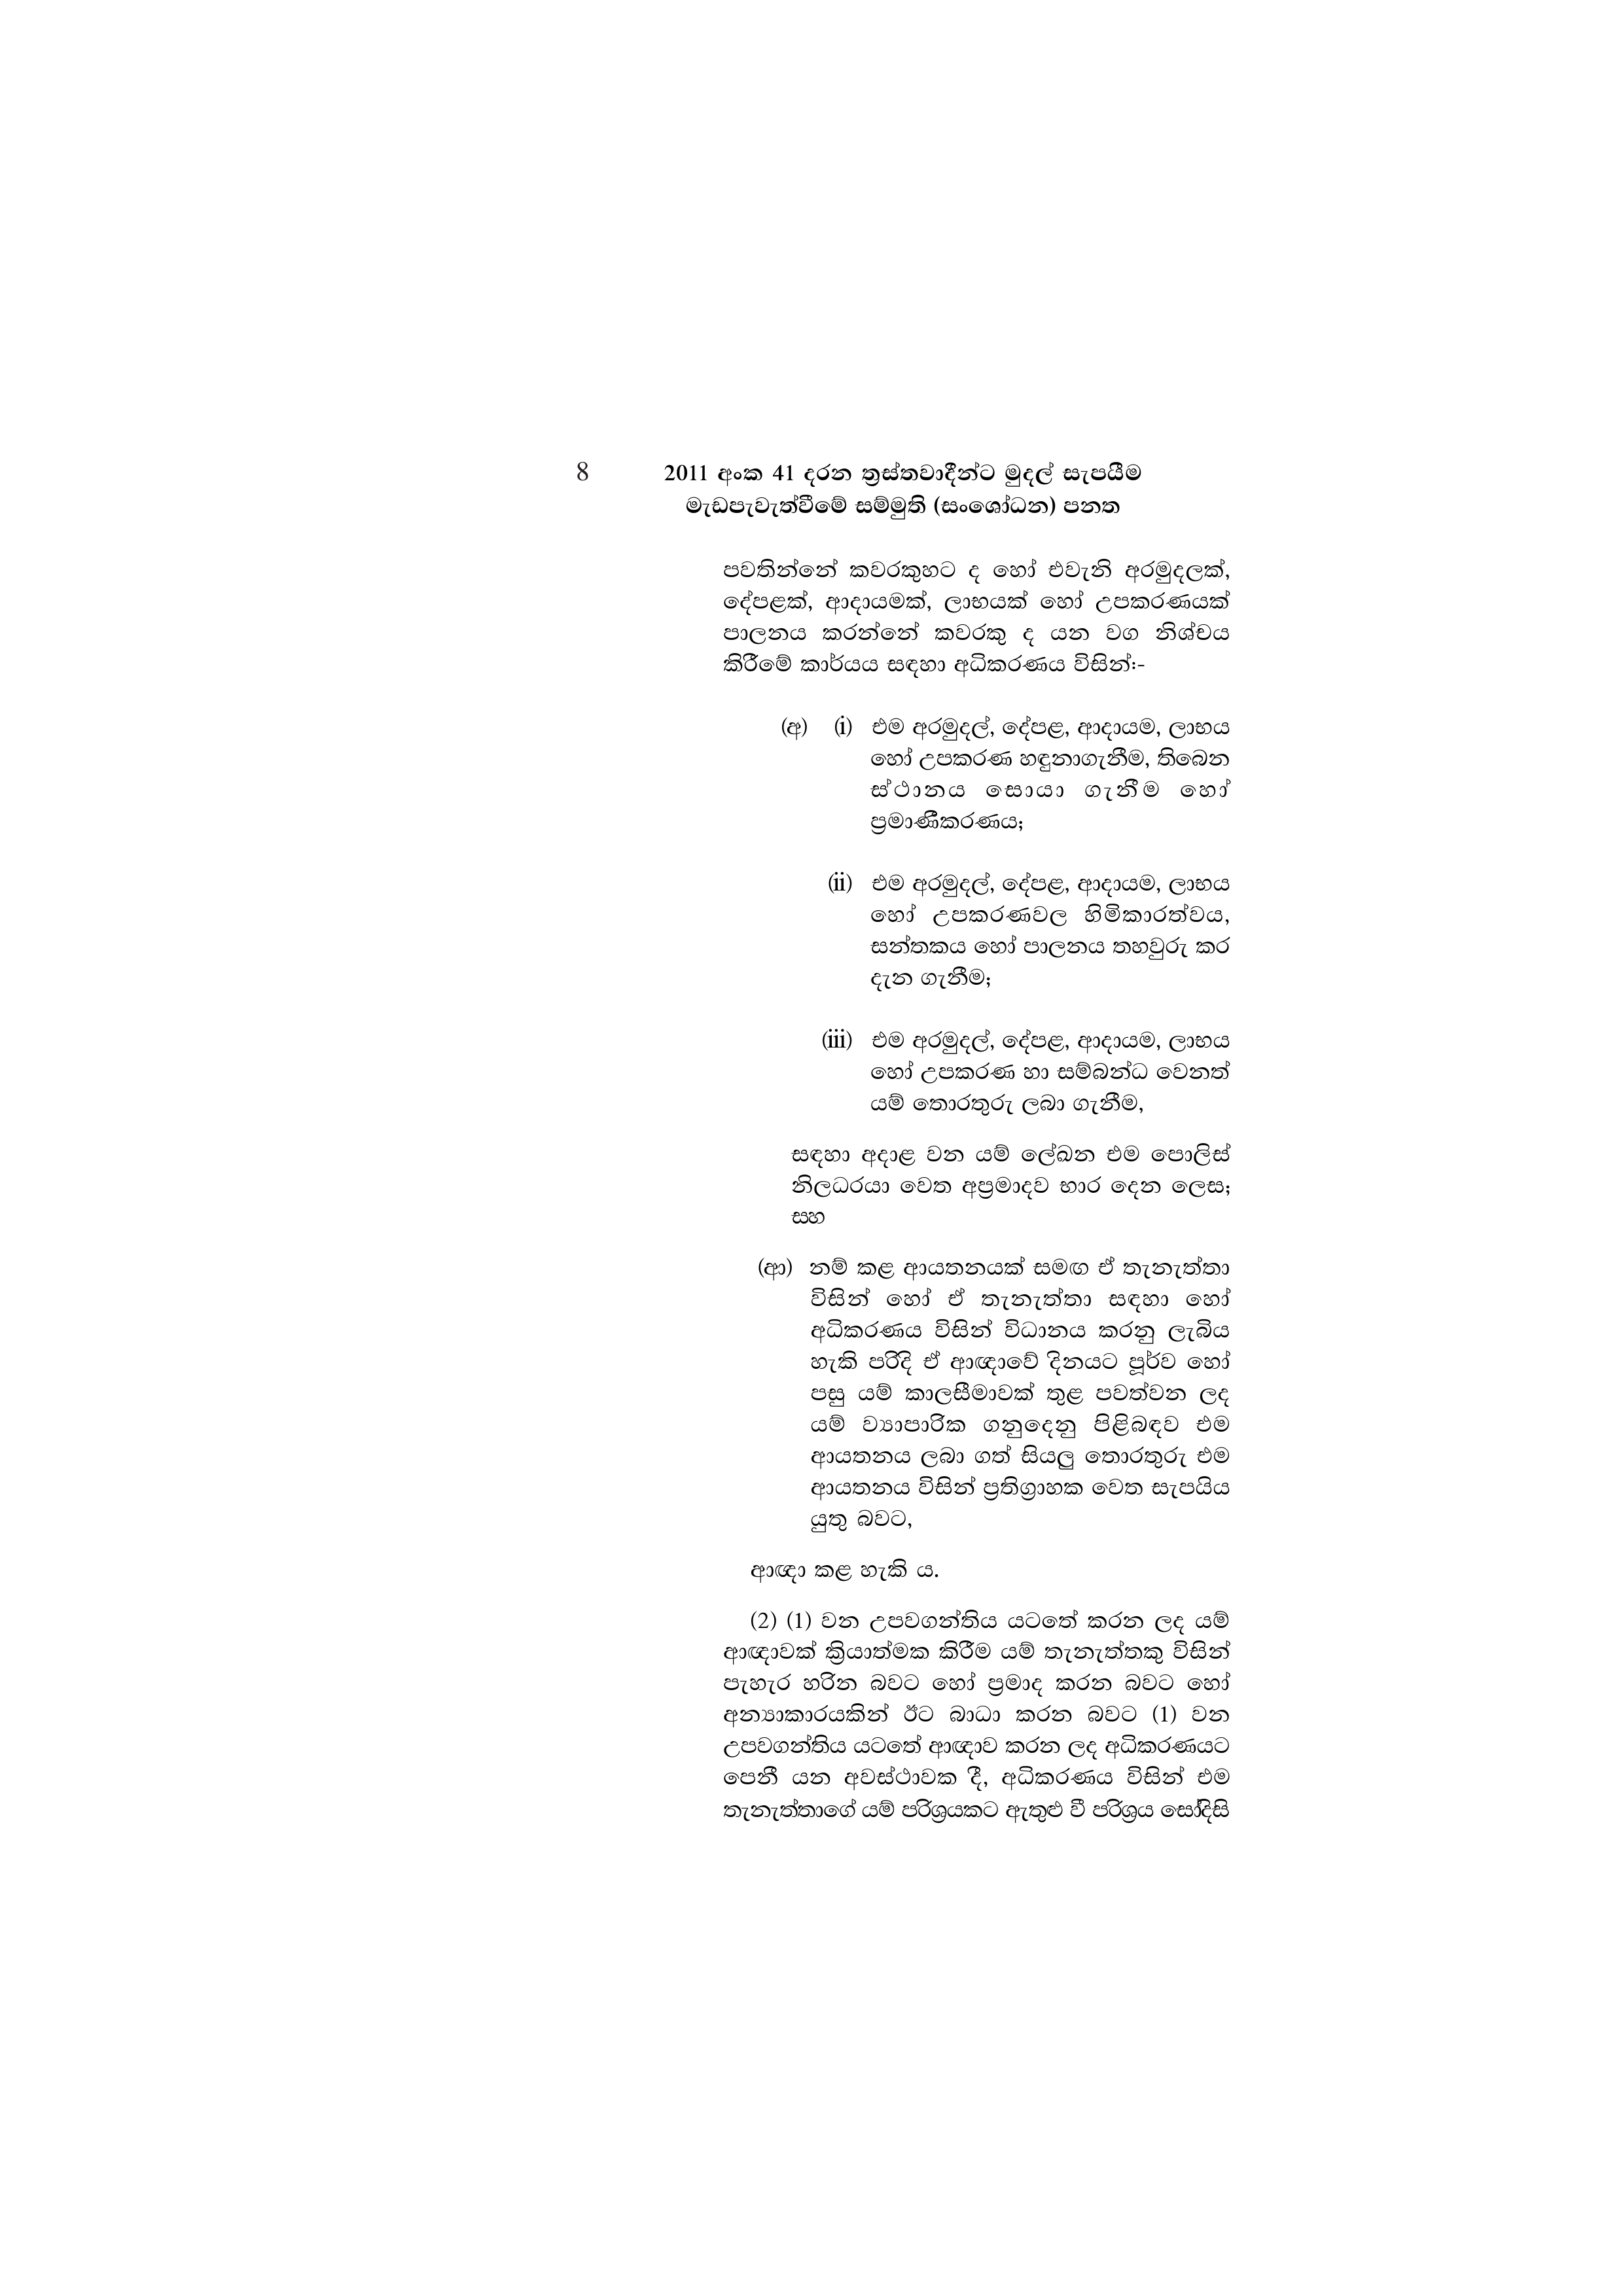
8 2011 අංක 41 දරන ත්‍රස්තවාදීන්ට මුදල් සැපයීම
මැඩපැවැත්වීමේ සම්මුති (සංශෝධන) පනත

පවතින්නේ කවරකුහට ද හෝ එවැනි අරමුදලක්,
දේපළක්, ආදායමක්, ලාභයක් හෝ උපකරණයක්
පාලනය කරන්නේ කවරකු ද යන වග නිශ්චය
කිරීමේ කාර්යය සඳහා අධිකරණය විසින්:-

(අ) (i) එම අරමුදල්, දේපළ, ආදායම, ලාභය
හෝ උපකරණ හඳුනාගැනීම, තිබෙන
ස්ථානය සොයා ගැනීම හෝ
ප්‍රමාණීකරණය;

(ii) එම අරමුදල්, දේපළ, ආදායම, ලාභය
හෝ උපකරණවල හිමිකාරත්වය,
සන්තකය හෝ පාලනය තහවුරු කර
දැන ගැනීම;

(iii) එම අරමුදල්, දේපළ, ආදායම, ලාභය
හෝ උපකරණ හා සම්බන්ධ වෙනත්
යම් තොරතුරු ලබා ගැනීම,

සඳහා අදාළ වන යම් ලේඛන එම පොලිස්
නිලධරයා වෙත අප්‍රමාදව භාර දෙන ලෙස;
සහ

(ආ) නම් කළ ආයතනයක් සමඟ ඒ තැනැත්තා
විසින් හෝ ඒ තැනැත්තා සඳහා හෝ
අධිකරණය විසින් විධානය කරනු ලැබිය
හැකි පරිදි ඒ ආඥාවේ දිනයට පූර්ව හෝ
පසු යම් කාලසීමාවක් තුළ පවත්වන ලද
යම් ව්‍යාපාරික ගනුදෙනු පිළිබඳව එම
ආයතනය ලබා ගත් සියලු තොරතුරු එම
ආයතනය විසින් ප්‍රතිග්‍රාහක වෙත සැපයිය
යුතු බවට,

ආඥා කළ හැකි ය.

(2) (1) වන උපවගන්තිය යටතේ කරන ලද යම්
ආඥාවක් ක්‍රියාත්මක කිරීම යම් තැනැත්තකු විසින්
පැහැර හරින බවට හෝ ප්‍රමාද කරන බවට හෝ
අන්‍යාකාරයකින් ඊට බාධා කරන බවට (1) වන
උපවගන්තිය යටතේ ආඥාව කරන ලද අධිකරණයට
පෙනී යන අවස්ථාවක දී, අධිකරණය විසින් එම
තැනැත්තාගේ යම් පරිශ්‍රයකට ඇතුළු වී පරිශ්‍රය සෝදිසි